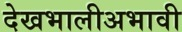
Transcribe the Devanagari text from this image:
देखभालीअभावी